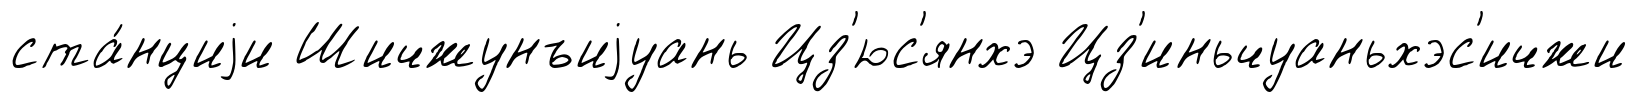
ста́нциjи Шичжунъиjуань Цз'юс'янхэ Цз'иньчуаньхэс'ичжи